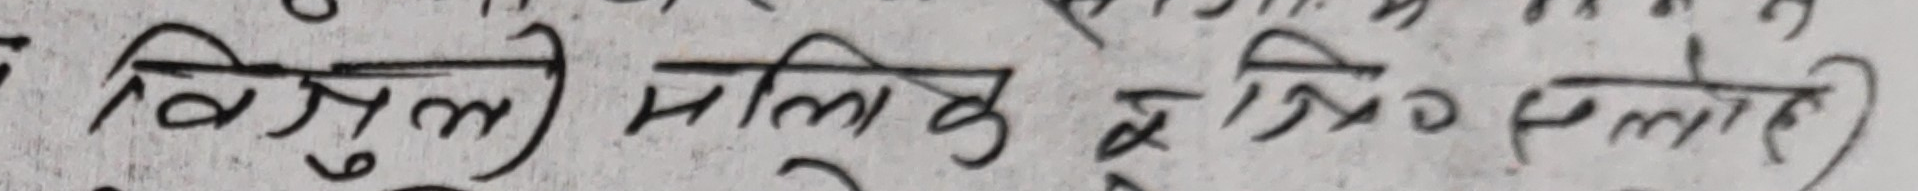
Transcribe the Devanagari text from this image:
विसुली मलि के त्रि० स्लाहें